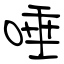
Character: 唾